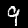
Label: 9